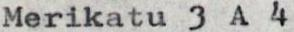
Merikatu 3 A 4